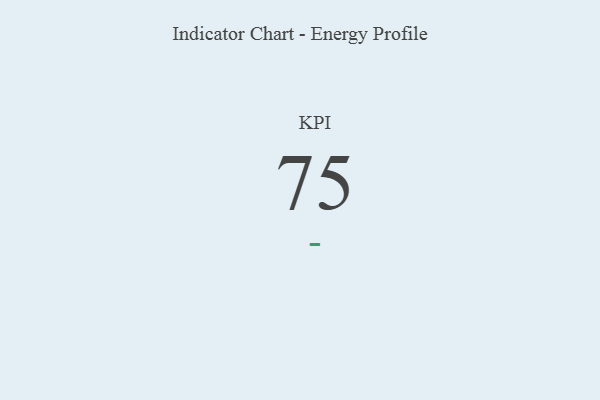
{"axis": {"x": "KPI", "y": "Value"}, "legend": [""], "data": [{"x": "KPI", "y": 75, "type": ""}]}